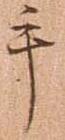
手